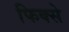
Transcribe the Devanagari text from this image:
फिक्से